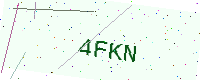
Text: 4FKN